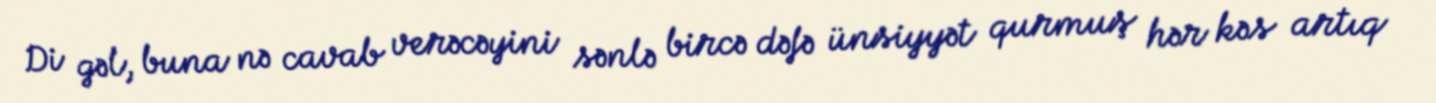
Di gəl, buna nə cavab verəcəyini sənlə bircə dəfə ünsiyyət qurmuş hər kəs artıq